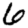
Digit: 6